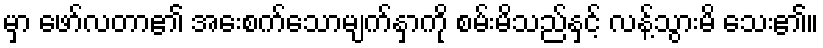
မှာ ဖော်လတာ၏ အေးစက်သောမျက်နှာကို စမ်းမိသည်နှင့် လန့်သွားမိ သေး၏။